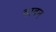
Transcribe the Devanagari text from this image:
दावन